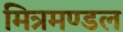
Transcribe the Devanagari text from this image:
मित्रमण्डल